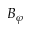
B _ { \varphi }